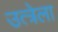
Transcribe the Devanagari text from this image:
उत्त्रेला